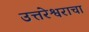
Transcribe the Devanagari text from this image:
उत्तरेश्वराचा